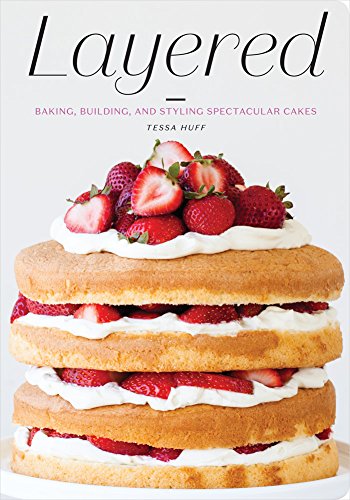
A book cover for Layered: Baking, Building, and Styling Spectacular Cakes; Tessa Huff; Cookbooks, Food & Wine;